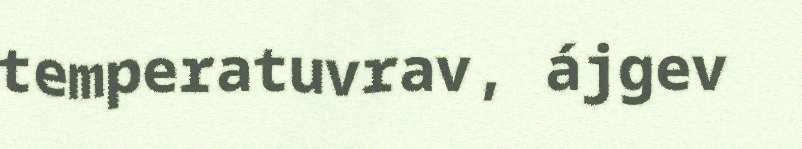
temperatuvrav, ájgev